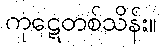
ကုဋေတစ်သိန်း။